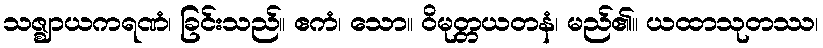
သဇ္ဈာယကရဏံ၊ ခြင်းသည်။ ဧကံ၊ သော။ ဝိမုတ္တယတနံ၊ မည်၏။ ယထာသုတဿ၊